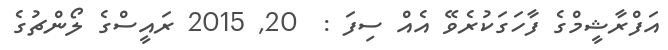
އަފްރާޝީމްގެ ފާހަގަކުރެވޭ އެއް ސިފަ :  20